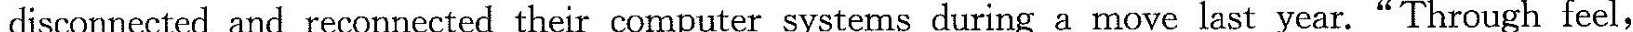
disconnected and reconnected their computer systems during a move last year. "Through feel,